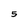
Character: 5